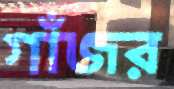
গাঁজর